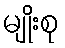
မျိုးစု